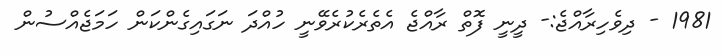
1981 - ދިވެހިރާއްޖެ:- ދީނީ ފޮތް ރާއްޖެ އެތެރެކުރެވޭނީ ހުއްދަ ނަގައިގެންކަން ހަމަޖެއްސުން